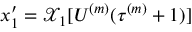
x _ { 1 } ^ { \prime } = \mathcal { X } _ { 1 } [ U ^ { ( m ) } ( \tau ^ { ( m ) } + 1 ) ]